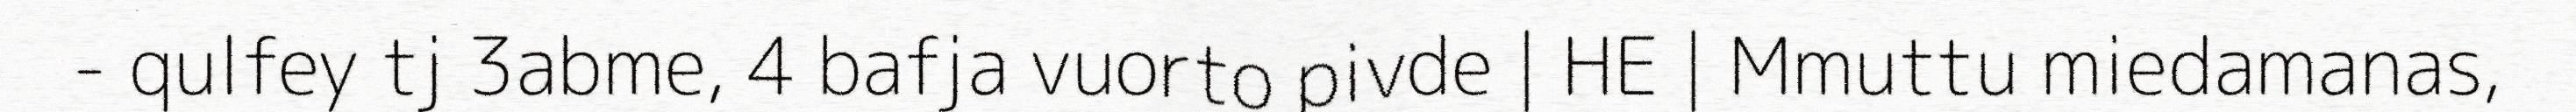
- qulfey tj 3abme, 4 bafja vuorto pivde | HE | Mmuttu miedamanas,